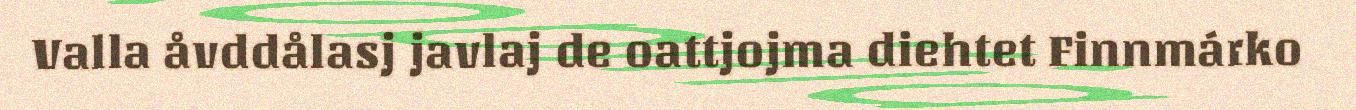
Valla åvddålasj javlaj de oattjojma diehtet Finnmárko